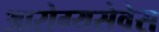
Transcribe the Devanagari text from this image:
आरोग्यसेवेस